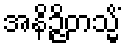
အနိဉ္ဇိတသ္မိံ